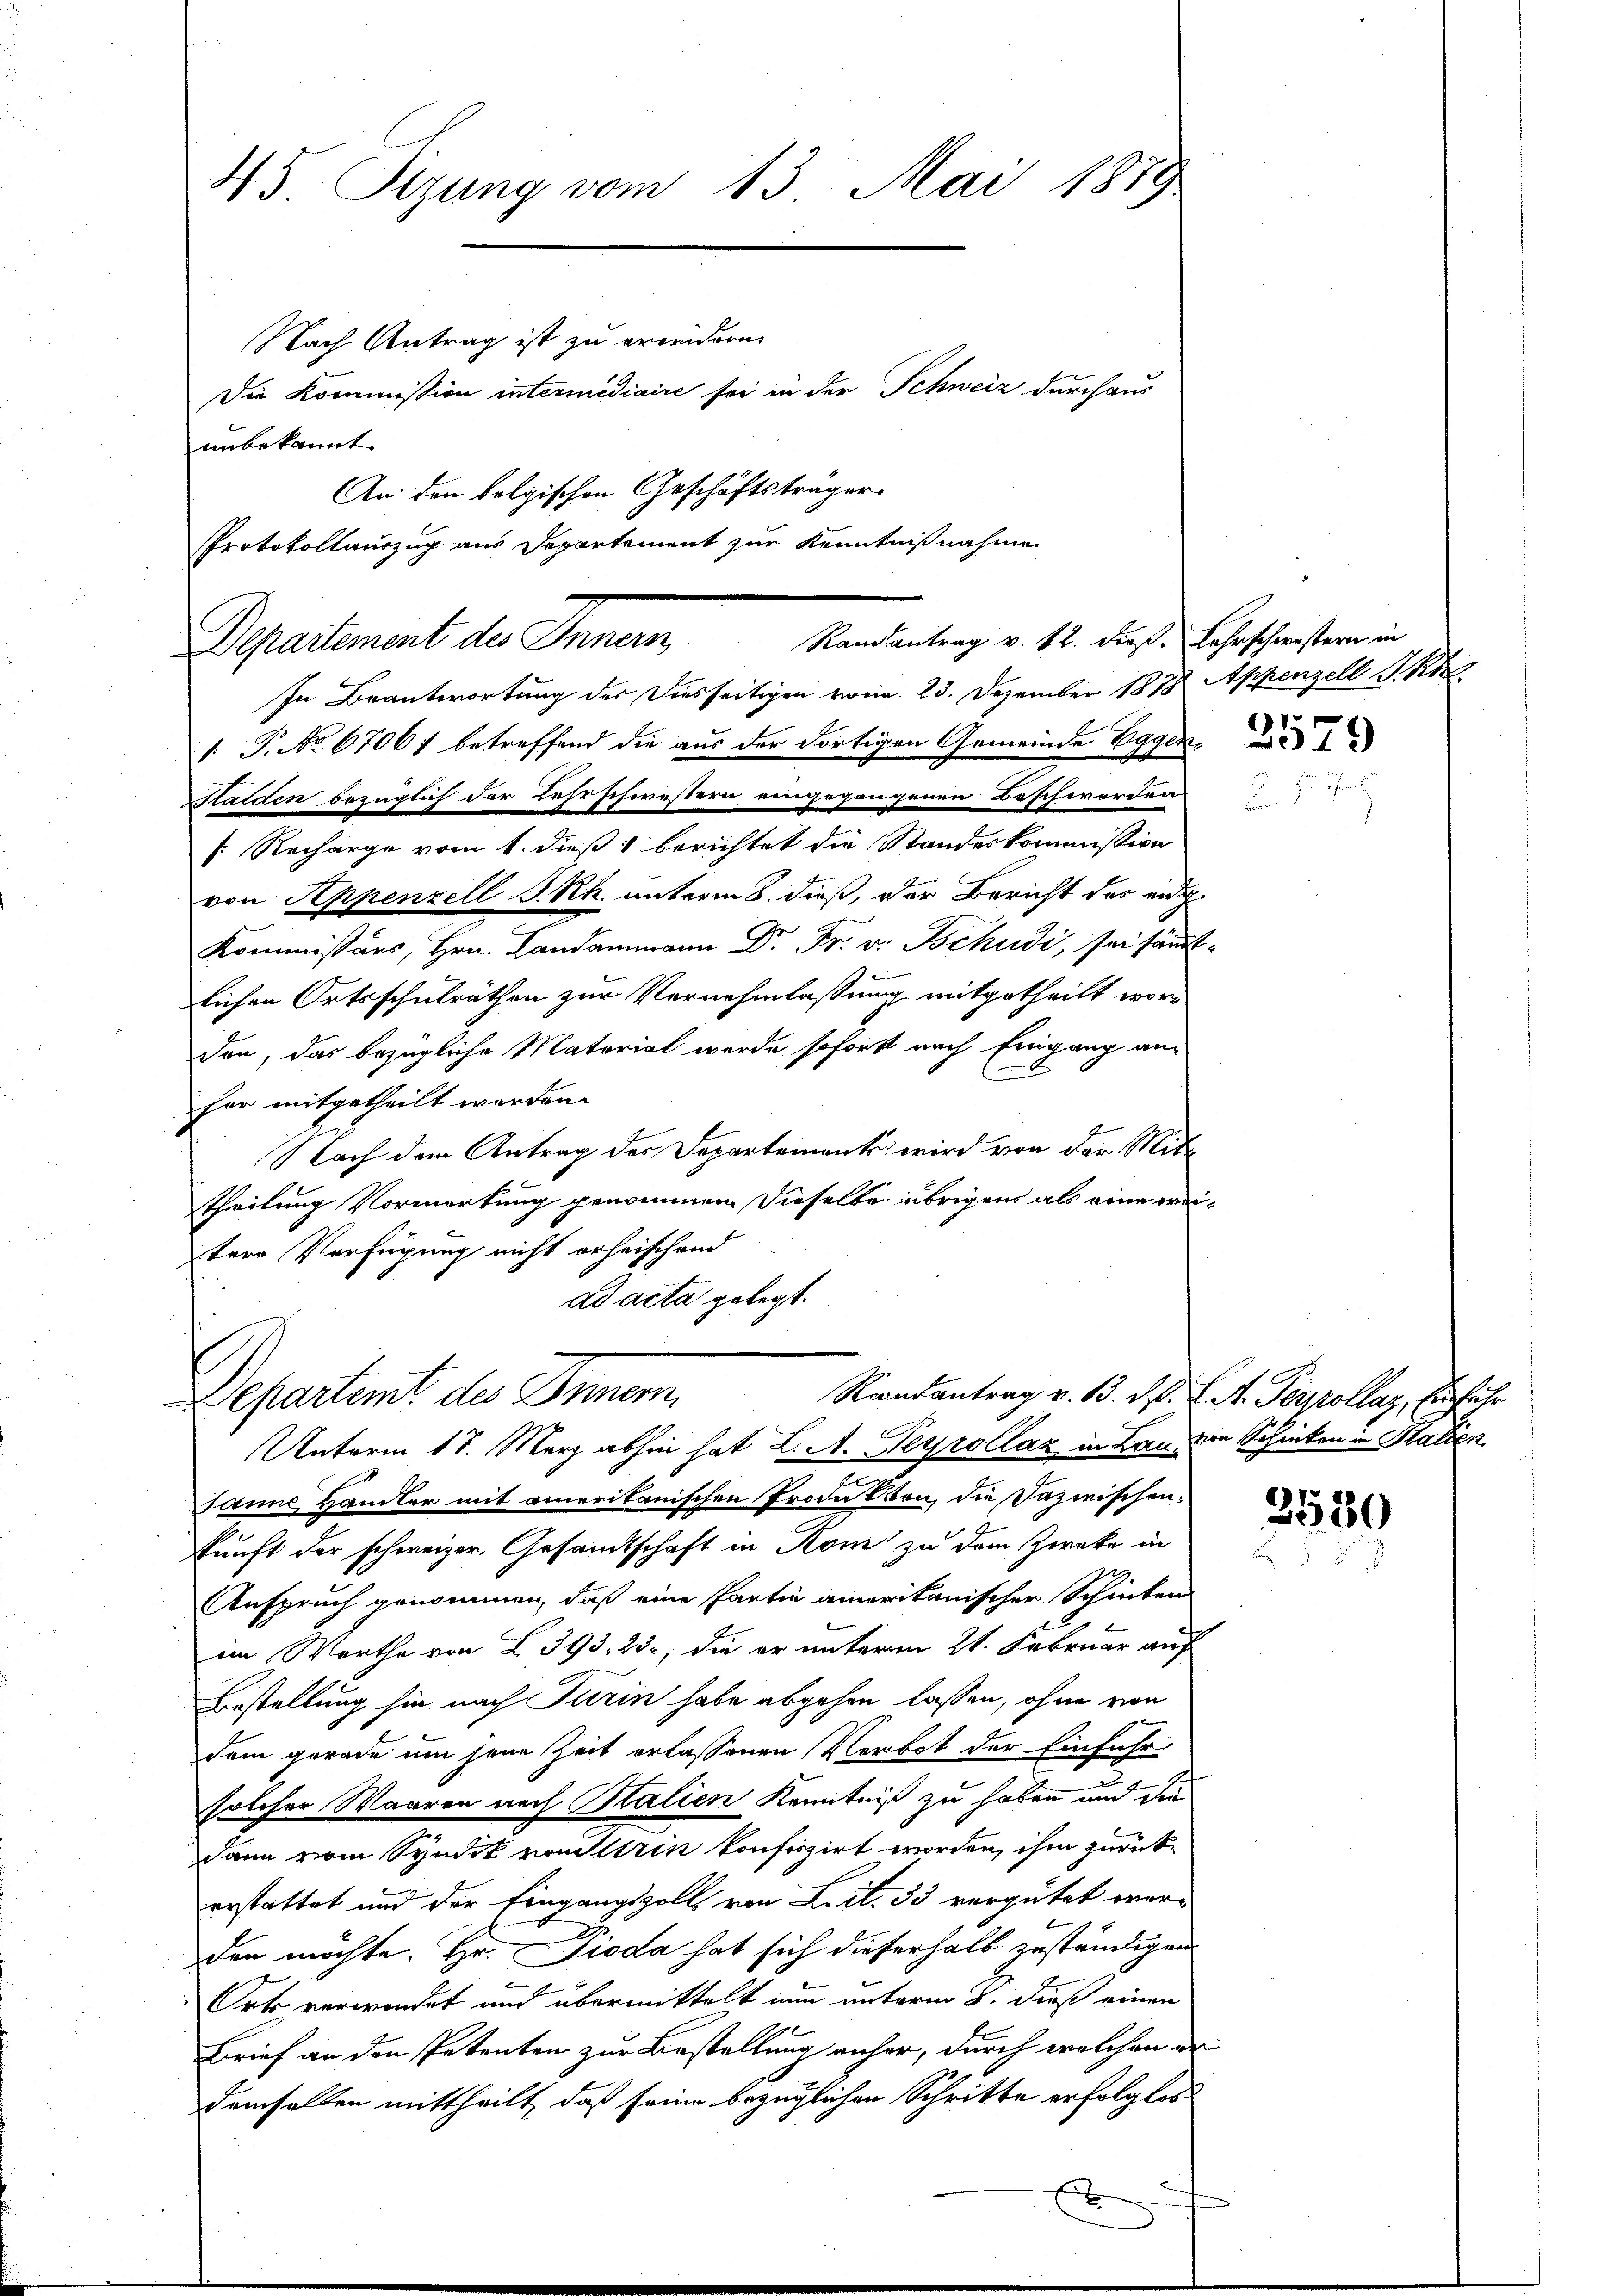
45. Sizung vom 13. Mai 1879

Nach Antrag ist zu erwendern.
unbekannt.
In Beantwortung der Diesseitigen vom 23. Dezember 1878 Appenzell I. Kl
1. P. No 67067 betreffend die aus der dortigen Gemeinde Eggen¬
Stalden bezüglich der Lehrschwestern eingegangenen Beschwerden
s: Recharge vom 1. dieß 1 berichtet die Standeskommission
von Appenzell PRh. unterm 8. dieß, der Bericht des eid.
Kommissärs, Hrn. Landammann Dr. Fr. v. Tschudi, sei sämt
lichen Ortsschulräthen zur Vernehmlassung mitgetheilt worden, das bezügliche Material werde sofort nach Eingang an
hor mitgetheilt worden.
Nach dem Antrag des Departement wird von der Mittheilung Vormerkung genommen. Dieselbe übrigens als eine wie
tere Verfügung nicht erheischend

Die Kommission intermediaire sei in der Schweiz durchaus
An den folgischen Geschäftsträger

Protokollauszug aus Departement zur Kenntnißnahmen
Randsantrag v. 12. dieß. Lehrschwestern in
Departement des Innern,

Departent die Gemein
Unterm 18. März abhin hat L. A. Heyrollaz in Land die Schicken in Stalden

Janne Handler mit amerikanischen Frode Otten, die Dazwischenkunft der schweizer, Gesandtschaft in Kom zu dem Zwecke in
Anspruch genommen, daß eine Partin amerikanischer Schinten
im Werthe von Z. 393, 23, die er unterm 21. Februar auf
Bestellung hin nach Turin habe abgehen lassen, ohne von
dem gerade um jene Zeit erlassenen Verbot der Einführ
solcher Waaren nach Italien Kenntniß zu haben und die
dann vom Syndik von Strin konfiszirt worden, ihm zurück
erstattet und der Eingangszoll von Lit. 33 vergütet werden möchte. Hr. Pioda hat sich dieserhalb zuständigen
Orts verwendet und übermittelt nun unterm 8. dieß einen
Brief an den Petenten zur Bestellung anher, durch welchen erdemselben mittheilt, daß seine bezüglichen Schritte erfolglos
E

1
19

Raandantrag v. 13. d. J. A. Terpollaz, Einführ

2580